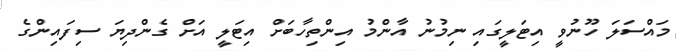
މައްސަލަ ހޫނުވީ އިޓަލީގައި ނިމުނު އާންމު އިންތިހާބަށް އިޓަލީ އަށް ގެންދިޔަ ސިފައިންގެ